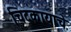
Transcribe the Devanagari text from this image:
चिटकायाचे